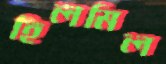
হিলমিল